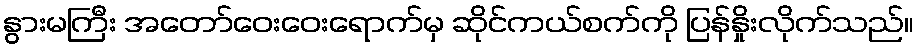
နွားမကြီး အတော်ဝေးဝေးရောက်မှ ဆိုင်ကယ်စက်ကို ပြန်နှိုးလိုက်သည်။